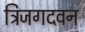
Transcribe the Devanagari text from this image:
त्रिजगदवन